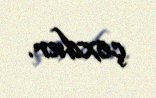
çoxdur.